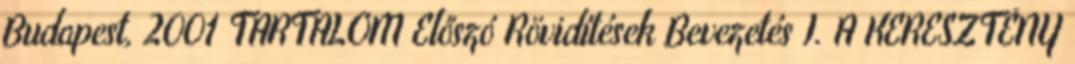
Budapest, 2001 TARTALOM Előszó Rövidítések Bevezetés I. A KERESZTÉNY